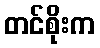
တင်စိုးက